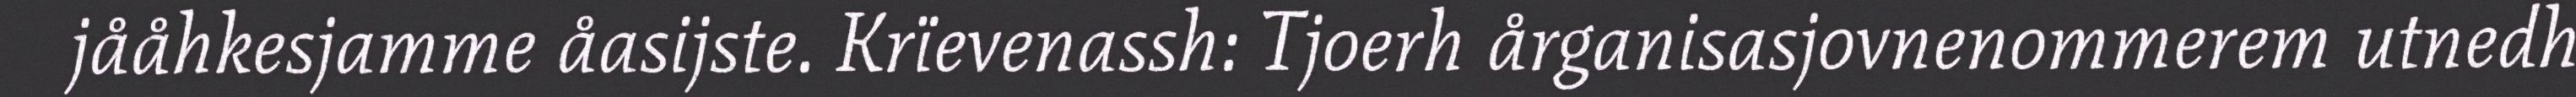
jååhkesjamme åasijste. Krïevenassh: Tjoerh årganisasjovnenommerem utnedh